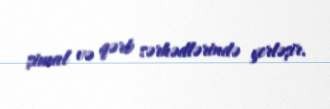
şimal və qərb sərhədlərində yerləşir.